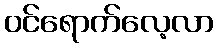
ဝင်ရောက်လေ့လာ